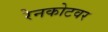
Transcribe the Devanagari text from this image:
रेनकोटवर